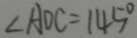
\angle A D C = 1 4 5 ^ { \circ }